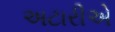
અટારીએ